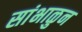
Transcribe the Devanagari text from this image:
सांभाळुन